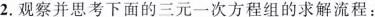
2.观察并思考下面的三元一次方程组的求解流程：